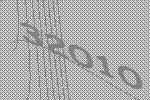
32010